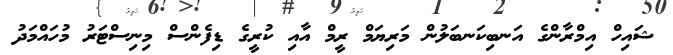
ޝައިހް އިމްރާންގެ އަނބިކަނބަލުން މަރިޔަމް ރީމް އާއި ކުރީގެ ޑިފެންސް މިނިސްޓަރު މުހައްމަދު